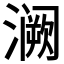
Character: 𫞝